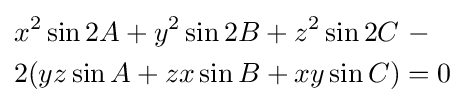
{\begin{aligned}&x^{2}\sin 2A+y^{2}\sin 2B+z^{2}\sin 2C\ -\\&2(yz\sin A+zx\sin B+xy\sin C)=0\end{aligned}}